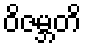
ဝိဇမ္ဘတိ